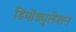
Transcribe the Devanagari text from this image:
डिमॉड्युलेशन